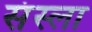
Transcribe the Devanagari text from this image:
संस्ला